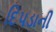
દિપડાની